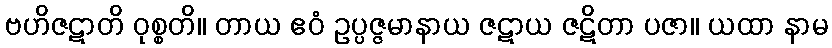
ဗဟိဇဋာတိ ဝုစ္စတိ။ တာယ ဧဝံ ဥပ္ပဇ္ဇမာနာယ ဇဋာယ ဇဋိတာ ပဇာ။ ယထာ နာမ